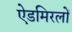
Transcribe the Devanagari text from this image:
ऐडमिरलों